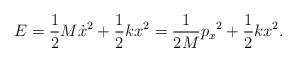
LaTeX: \begin{align*}E={1\over 2}M\dot{x}^2 +{1\over 2}kx^2 ={1\over {2M}}{p_x}^2 +{1\over 2}kx^2. \end{align*}